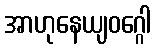
အာဟုနေယျဝဂ္ဂေါ